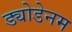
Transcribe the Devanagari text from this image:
ड्योडेनम